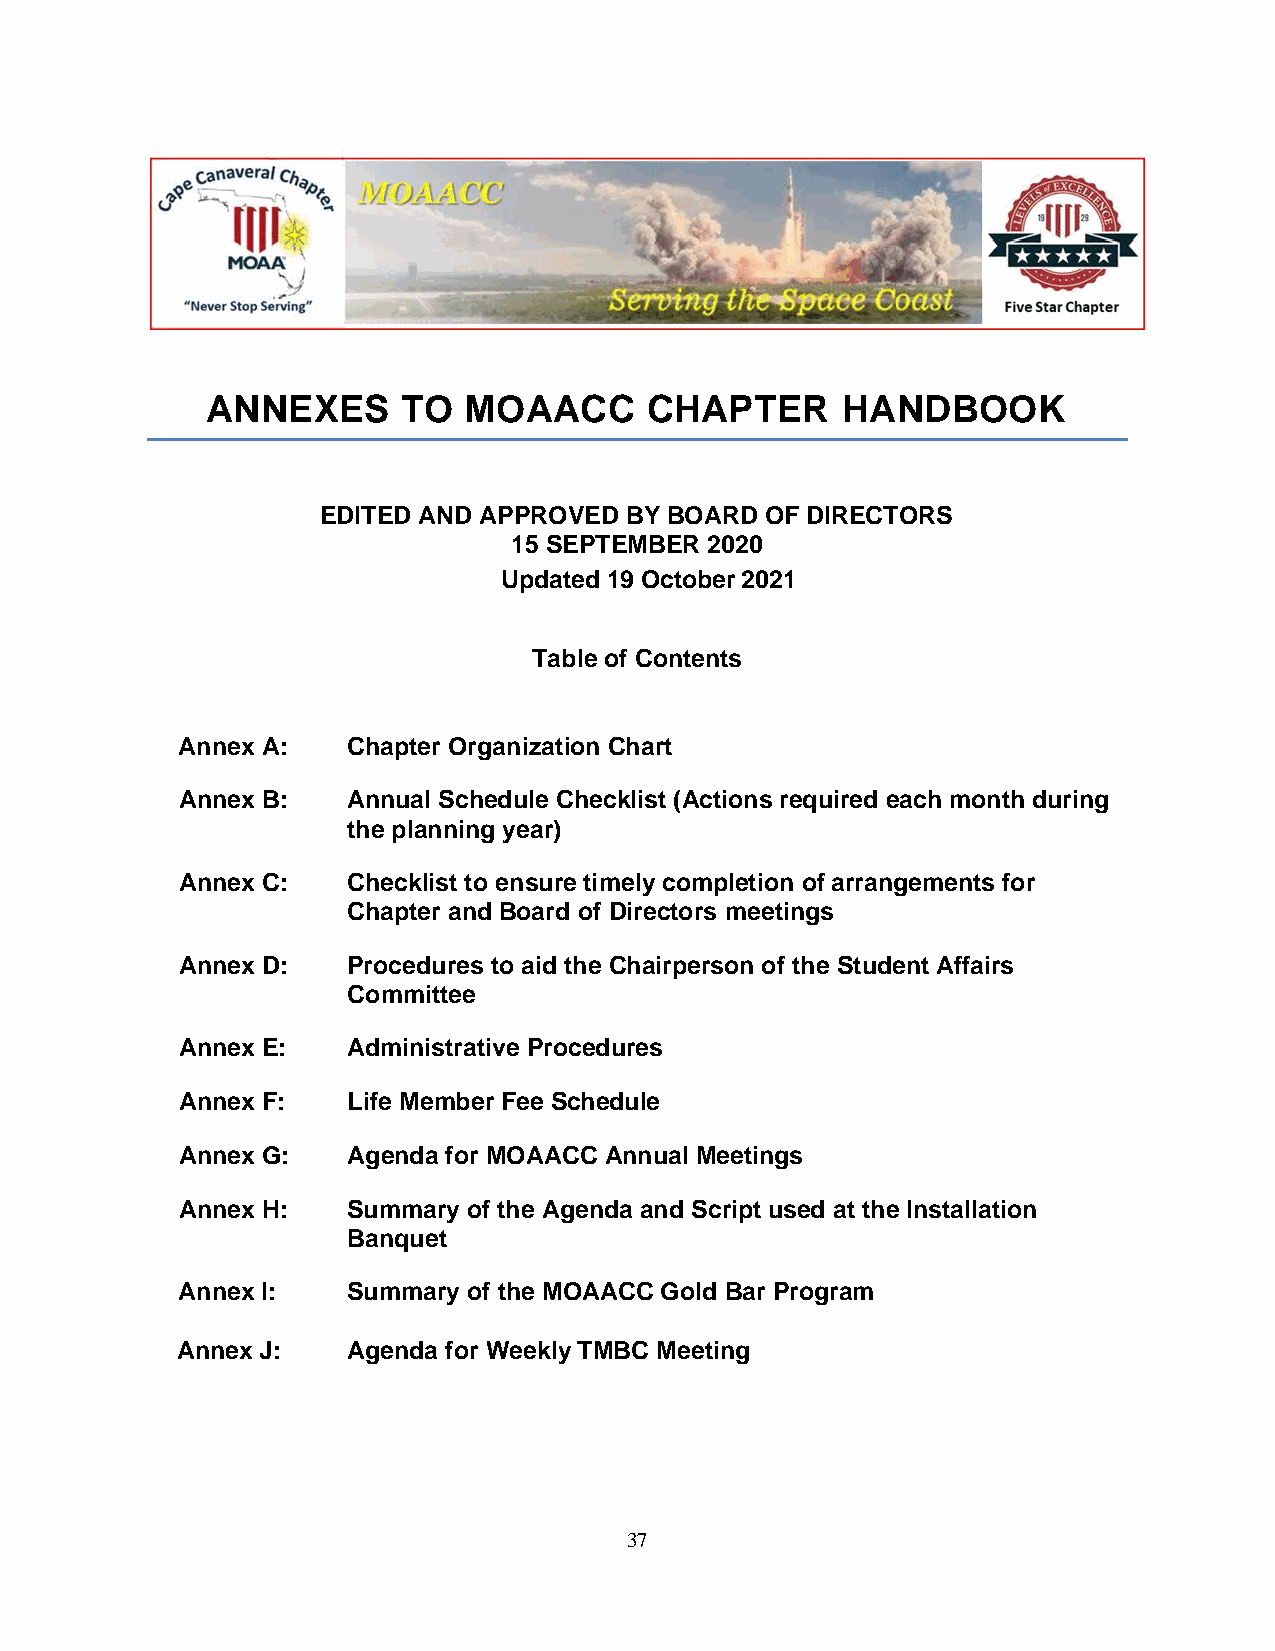
ANNEXES      TO  MOAACC      CHAPTER      HANDBOOK
 EDITED AND APPROVED BY BOARD  OF DIRECTORS
 15 SEPTEMBER 2020
 Updated 19 October 2021
 Table of Contents
 Annex A:   Chapter Organization Chart
 Annex B:   Annual Schedule Checklist (Actions required each month during
 the planning year)
 Annex C:   Checklist to ensure timely completion of arrangements for
 Chapter and Board of Directors meetings
 Annex D:   Procedures to aid the Chairperson of the Student Affairs
 Committee
 Annex E:   Administrative Procedures
 Annex F:   Life Member Fee Schedule
 Annex G:   Agenda for MOAACC Annual Meetings
 Annex H:   Summary of the Agenda and Script used at the Installation
 Banquet
 Annex I:   Summary of the MOAACC Gold Bar Program
 Annex J:   Agenda for Weekly TMBC Meeting
 37